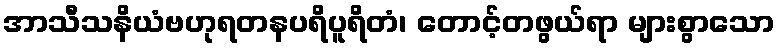
အာသီသနိယံဗဟုရတနပရိပူရိတံ၊ တောင့်တဖွယ်ရာ များစွာသော